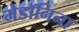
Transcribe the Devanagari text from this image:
मेडॉनिना